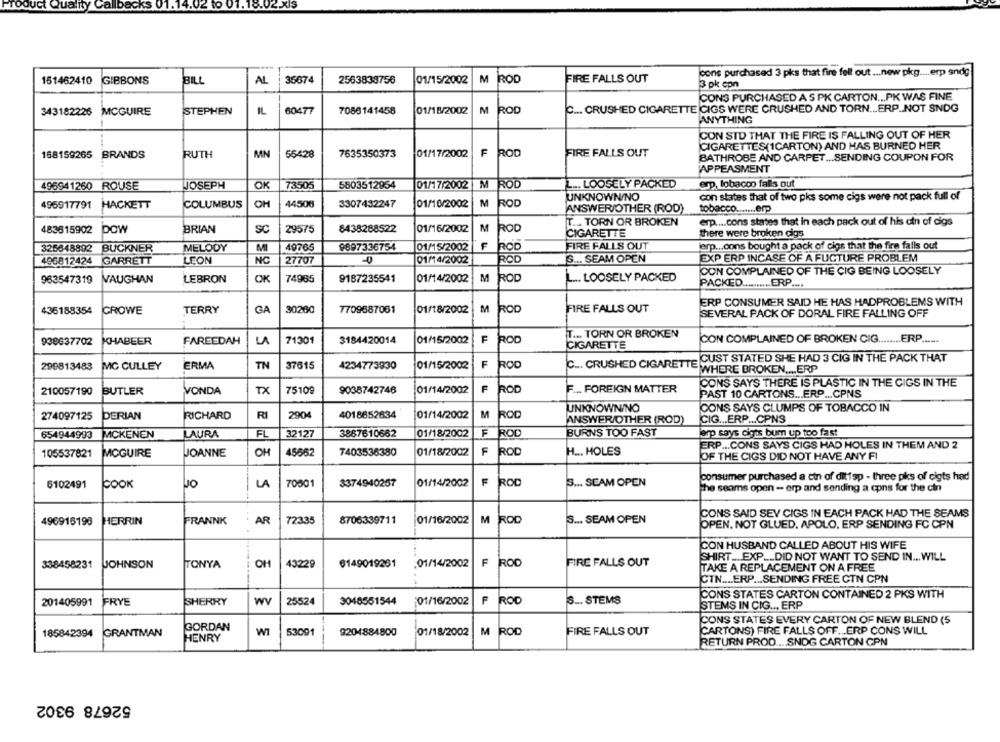
.02 xIs
cons purchased 3 pks that fire fell out ... new pkg ... erp sndg
151462410
GIBBONS
BILL
AL
36674
2563838756
01/15/2002
M ROD
FIRE FALLS OUT
3 pk cpn
CONS PURCHASED A S PK CARTON ... PK WAS FINE
343182226
MCGUIRE
STEPHEN
IL
60477
7086141458
01/18/2002
M
ROD
C ... CRUSHED CIGARETTE CIGS WERE CRUSHED AND TORN ... ERP.NOT SNDG
ANYTHING
CON STD THAT THE FIRE IS FALLING OUT OF HER
CIGARETTES(1CARTON) AND HAS BURNED HER
168159265
BRANDS
RUTH
MN
55428
7635350373
01/17/2002
F
ROD
FIRE FALLS OUT
BATHROBE AND CARPET ... SENDING COUPON FOR
APPEASMENT
496941260 ROUSE
JOSEPH
OK
73505
5503512954
01/17/2002
M
ROD
L .. LOOSELY PACKED
erp, lobacon falls out
UNKNOWNINO
con states that of two pks some cigs were not pack full of
496917791
HACKETT
COLUMBUS
OH
44506
3307432247
01/10/2002
M
ROD
ANSWER/OTHER (ROD)
tobacco ....... erp
T ... TORN OR BROKEN
erp .... cons states that In each pack out of his cin of cigs
483515902
POW
BRIAN
SC
29575
8438288522
01/16/2002
M
ROD
CIGARETTE
there were broken cigs
F
lerp ... cons bought a pack of cigs that the fire falls out
325848892 BUCKNER
MELODY
MI
49765
9897336754
01/15/2002
FIRE FALLS OUT
GARRETT
LEON
NC
27707
-0
01/14/2002
ROD
IS ... SEAM OPEN
EXP ERP INCASE OF A FUCTURE PROBLEM
496812424
CON COMPLAINED OF THE CIG BEING LOOSELY
963547319
VAUGHAN
LEBRON
OK
74985
9187235541
01/14/2002
M
ROD
L ... LOOSELY PACKED
PACKED .......... ERP ....
ERP CONSUMER SAID HE HAS HADPROBLEMS WITH
436188354
CROWE
TERRY
GA
30260
7709687061
01/18/2002
M
ROD
FIRE FALLS OUT
SEVERAL PACK OF DORAL FIRE FALLING OFF
T ... TORN OR BROKEN
938637702
KHABEER
FAREEDAH
LA
71301
3184420014
01/15/2002
F
ROD
CON COMPLAINED OF BROKEN CIG ........ ERP ......
CIGARETTE
F
CUST STATED SHE HAD 3 CIG IN THE PACK THAT
299813483
MC CULLEY
ERMA
TN
37615
4234773930
01/15/2002
Roo
C ... CRUSHED CIGARETTE
WHERE BROKEN .... ERP
CONS SAYS THERE IS PLASTIC IN THE CIGS IN THE
210057190
BUTLER
VONDA
TX
75109
9038742746
01/14/2002
F
ROD
F ... FOREIGN MATTER
PAST 10 CARTONS ... ERP ... CPNS
UNKNOWNINO
CONS SAYS CLUMPS OF TOBACCO IN
274097125
DERIAN
RICHARD
RI
2904
4018852634
01/14/2002
M
ROD
ANSWER/OTHER (ROD)
CIG ... ERP ... CPNS
654944993
MCKENEN
LAURA
FL
32127
3867610662
01/18/2002
F ROD
BURNS TOO FAST
erp says cigts bum up too fast
ERP ... CONS SAYS CIGS HAD HOLES IN THEM AND 2
105537821
OH
45662
7403536380
01/18/2002
F ROD
H ... HOLES
MCGUIRE
JOANNE
OF THE CIGS DID NOT HAVE ANY FI
70501
3374940257
01/14/2002
F ROD
3 ... SEAM OPEN
consumer purchased a cin of dit1sp - three pks of cigts had
6102491
COOK
JO
LA
The seams open - erp and sending a cons for the cin
CONS SAID SEV CIGS IN EACH PACK HAD THE SEAMS
8706339711
01/16/2002
M ROD
3 ... SEAM OPEN
496916198
HERRIN
FRANNK
AR
72335
OPEN. NOT GLUED. APOLO. ERP SENDING FC CPN
CON HUSBAND CALLED ABOUT HIS WIFE
SHIRT .... EXP .... DID NOT WANT TO SEND IN ... WILL
338458231
JOHNSON
TONYA
OH
43229
6149019281 :01/14/2002
F ROD
FIRE FALLS OUT
TAKE A REPLACEMENT ON A FREE
CTN .... ERP ... SENDING FREE CTN CPN
CONS STATES CARTON CONTAINED 2 PKS WITH
201405991
FRYE
SHERRY
WV
25524
3048551544
01/16/2002
F ROD
S _. STEMS
STEMS IN CIG .., ERP
CONS STATES EVERY CARTON OF NEW BLEND (5
GORDAN
ROD
CARTONS) FIRE FALLS OFF ... ERP CONS WILL
185842394
GRANTMAN
HENRY
WI
53001
9204884800
01/18/2002
M
FIRE FALLS OUT
RETURN PROD .... SNDG CARTON CPN
52678 9302